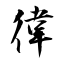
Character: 徫